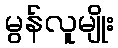
မွန်လူမျိုး